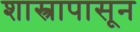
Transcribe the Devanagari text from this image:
शास्त्रापासून